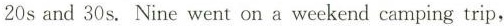
20s and 30s. Nine went on a weekend camping trip,